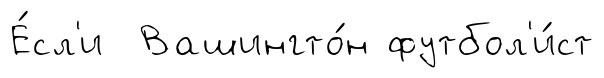
Е́сл'и Вашингто́н футбол'и́ст